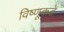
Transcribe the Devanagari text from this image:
विष्णूकडे